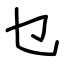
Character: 乜